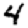
Digit: 4